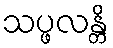
သပ္ဖလန္တိ